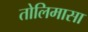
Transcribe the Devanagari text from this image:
तोलिमासा